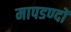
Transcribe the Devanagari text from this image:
मापडण्दों